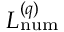
L _ { \mathrm { n u m } } ^ { ( q ) }